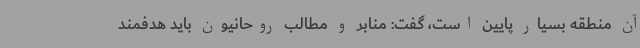
آن منطقه بسیار پایین است، گفت: منابر و مطالب روحانیون باید هدفمند